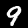
Label: 9